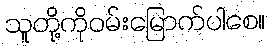
သူတို့ကိုဝမ်းမြောက်ပါစေ။